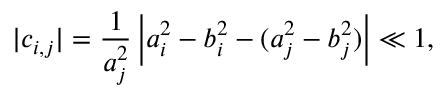
| c _ { i , j } | = \frac { 1 } { a _ { j } ^ { 2 } } \left| a _ { i } ^ { 2 } - b _ { i } ^ { 2 } - ( a _ { j } ^ { 2 } - b _ { j } ^ { 2 } ) \right| \ll 1 ,